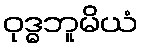
ဝုဒ္ဓဘူမိယံ